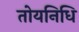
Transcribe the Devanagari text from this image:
तोयनिधि